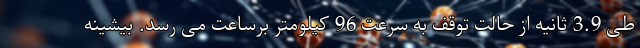
طی 3.9 ثانیه از حالت توقف به سرعت 96 کیلومتر برساعت می رسد. بیشینه